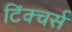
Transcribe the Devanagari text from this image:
टिंक्चर्स